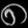
Digit: ၈